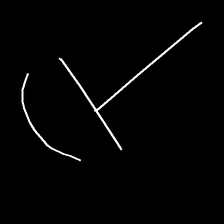
Glyph: dispersion